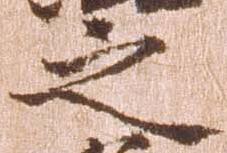
之